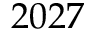
2 0 2 7